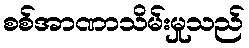
စစ်အာဏာသိမ်းမှုသည်